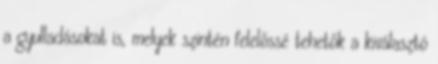
a gyulladásokat is, melyek szintén felelőssé tehetők a kiválasztó